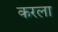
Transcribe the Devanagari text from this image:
करला